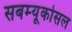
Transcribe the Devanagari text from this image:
सबम्‍यूकोसल